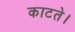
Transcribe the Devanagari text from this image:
काटते।